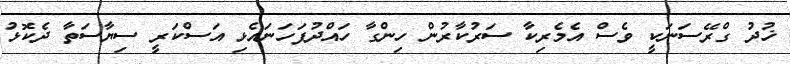
ޚުދު ގްރޭސަނަކީ ވެސް އެމެރިކާ ސަރުކާރުން ހިންގާ ހައްދުފަހަނައެޅި އަސްކަރީ ސިޔާސަތާ ދެކޮޅު